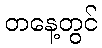
တနေ့တွင်